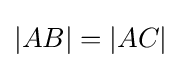
|AB|=|AC|